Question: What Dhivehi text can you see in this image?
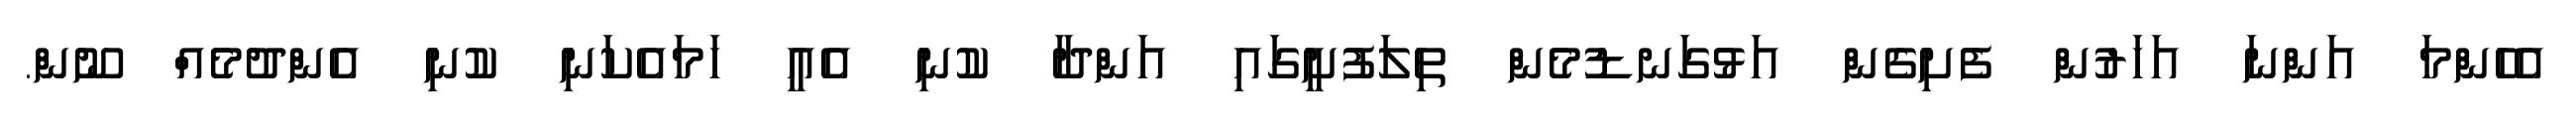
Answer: އެހެންމަ އަންނަ އަހަރުން ފެށިގެން އަޅުގަނޑުމެން ތިލަފުށީގައި އަންދާ ކުނި އެއީ ހަމައެކަނި ކުނި އެންދުމެއް ނޫން.